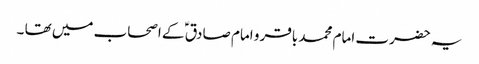
یہ حضرت امام محمد باقر و امام صادق ؑ کے اصحاب میں تھا ۔